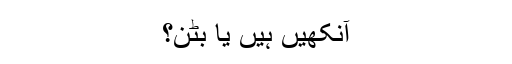
آنکھیں ہیں یا بٹن؟